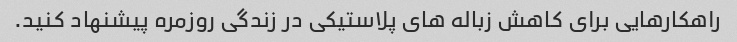
راهکارهایی برای کاهش زباله های پلاستیکی در زندگی روزمره پیشنهاد کنید.